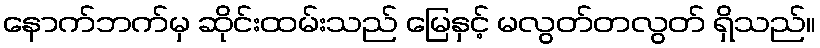
နောက်ဘက်မှ ဆိုင်းထမ်းသည် မြေနှင့် မလွတ်တလွတ် ရှိသည်။